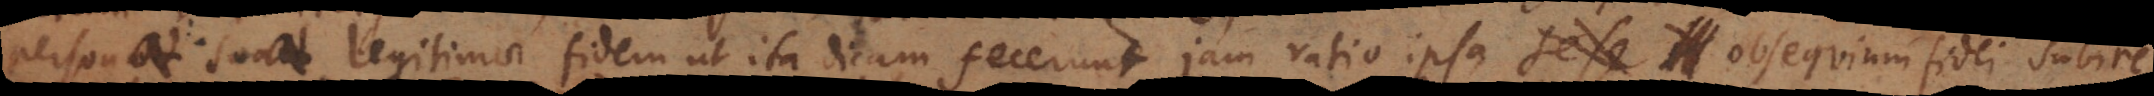
personae suae legitimae fidem ut ita dicam fecerunt, jam ratio ipsa sese submittere